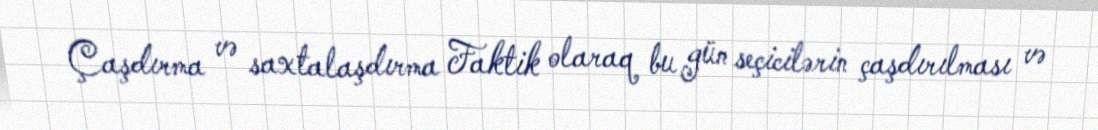
Çaşdırma və saxtalaşdırma Faktik olaraq bu gün seçicilərin çaşdırılması və